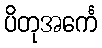
ပိတုအင်္ကေ